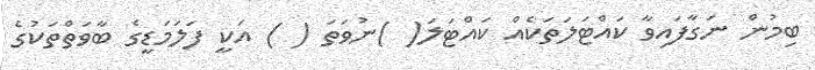
ބިމުން ނަގާފައިވާ ކައްޓަލަތަކެއް ކައްޓަލަ( )ނުވަތަ ( ) އަކީ ފަލަމަޑީގެ ބާވަތްތަކުގެ